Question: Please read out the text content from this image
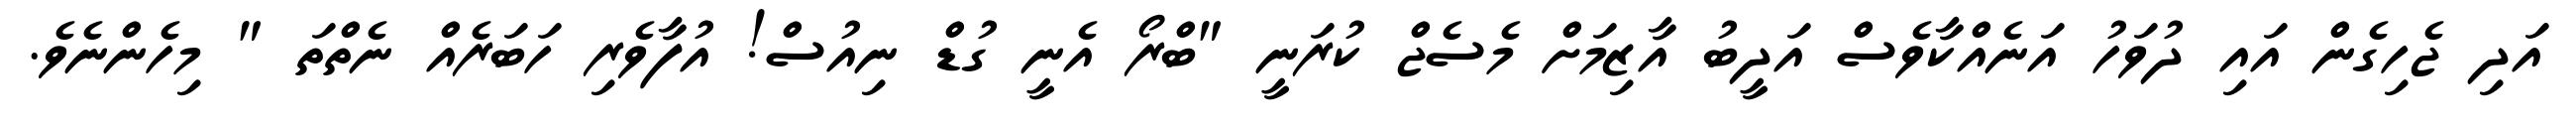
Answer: އަދި ޖެހިގެން އައި ދުވަހު އަނެއްކާވެސް އަދީބު އާޒިމަށް މެސެޖް ކުރަނީ "ބްރޯ އެނީ ގުޑް ނިއުސް! އުފާވެރި ހަބަރެއް ނެތްތަ " މިހެންނެވެ.